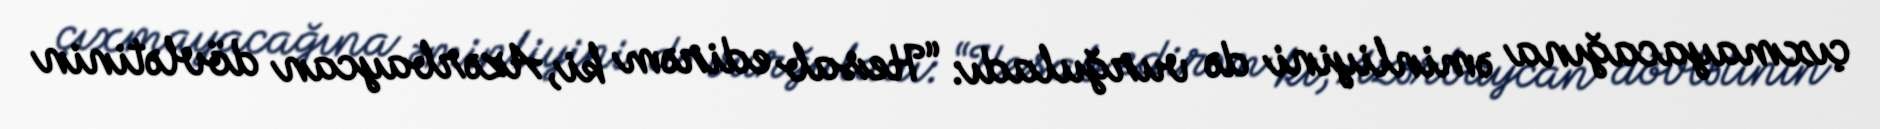
çıxmayacağına əminliyini də vurğuladı: “Hesab edirəm ki, Azərbaycan dövlətinin